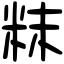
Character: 粖